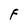
Character: F